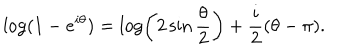
\log ( 1 - e ^ { i \theta } ) = \log \left( 2 \sin \frac { \theta } { 2 } \right) + \frac { i } { 2 } ( \theta - \pi ) .